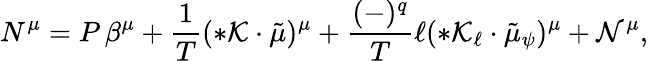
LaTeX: N^{\mu}=P\, \beta^{\mu}+\frac 1T({*{\cal K}}\cdot\tilde{\mu})^{\mu}+\frac{(-)^{q}}{T}\ell(*{\cal K}_{\ell}\cdot{\tilde{\mu}_{\psi}})^{\mu}+{\cal N}^{\mu},